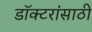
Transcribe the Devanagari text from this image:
डॉक्टरांसाठी